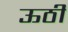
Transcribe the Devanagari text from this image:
ऊठी